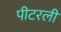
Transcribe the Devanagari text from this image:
पीटरली